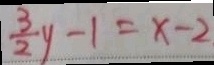
\frac { 3 } { 2 } y - 1 = x - 2